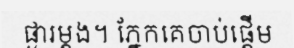
ផ្ងារម្តង។ ភ្នែកគេចាប់ផ្តើម